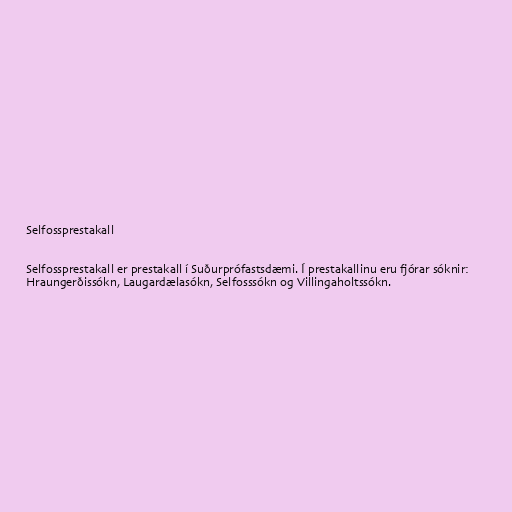
Selfossprestakall

Selfossprestakall er prestakall í Suðurprófastsdæmi. Í prestakallinu eru fjórar sóknir:
Hraungerðissókn, Laugardælasókn, Selfosssókn og Villingaholtssókn.